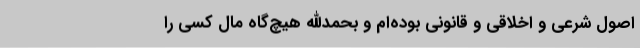
اصول شرعی و اخلاقی و قانونی بوده‌ام و بحمدالله هیچ‌گاه مال کسی را